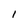
Character: I